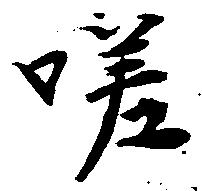
嗟